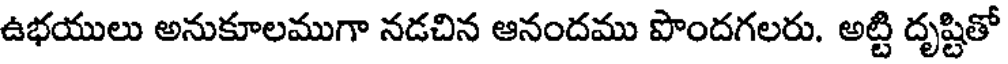
ఉభయులు అనుకూలముగా నడచిన ఆనందము పొందగలరు. అట్టి దృష్టితో